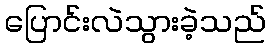
ပြောင်းလဲသွားခဲ့သည်